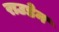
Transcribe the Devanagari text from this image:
राउडेन